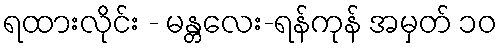
ရထားလိုင်း - မန္တလေး-ရန်ကုန် အမှတ် ၁၀